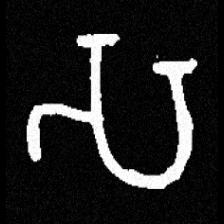
Pyu character \u2014 Myanmar letter: သ (romanized: sa)